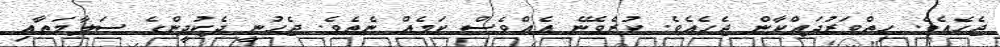
ޖެހެއެވެ. ހިތްވަރުދައްކާން ޖެހެއެވެ. ކުރެވޭނެ އެއްވެސް ކަމެއް ނެތެވެ. ޖެހުނީ ދެކުދީންގެ ސަލާމަތާއި